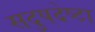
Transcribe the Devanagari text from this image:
सदुपदेष्टा